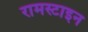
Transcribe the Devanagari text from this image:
रामस्टाइन